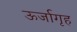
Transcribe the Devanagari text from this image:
ऊर्जागृह